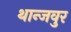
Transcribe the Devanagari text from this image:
थान्जवुर